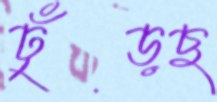
ঢুঁড়ছ